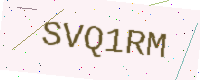
Text: SVQ1RM